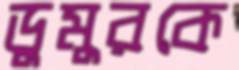
ডুমুরকে